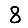
Digit: 8